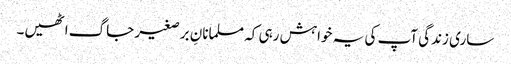
ساری زندگی آپ کی یہ خواہش رہی کہ مسلمانانِ برصغیر جاگ اٹھیں۔